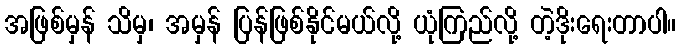
အဖြစ်မှန် သိမှ၊ အမှန် ပြန်ဖြစ်နိုင်မယ်လို့ ယုံကြည်လို့ တဲ့ဒိုးရေးတာပါ။